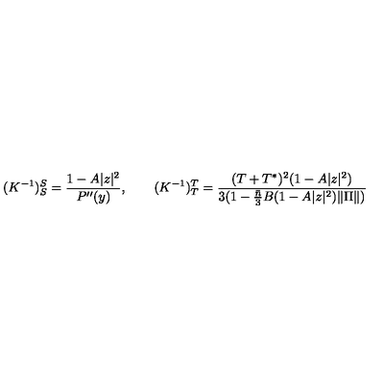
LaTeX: ( K ^ { - 1 } ) _ { S } ^ { S } = \frac { 1 - A | z | ^ { 2 } } { P ^ { \prime \prime } ( y ) } , \qquad ( K ^ { - 1 } ) _ { T } ^ { T } = \frac { ( T + T ^ { * } ) ^ { 2 } ( 1 - A | z | ^ { 2 } ) } { 3 ( 1 - \frac { \bar { n } } { 3 } B ( 1 - A | z | ^ { 2 } ) \| \Pi \| ) }